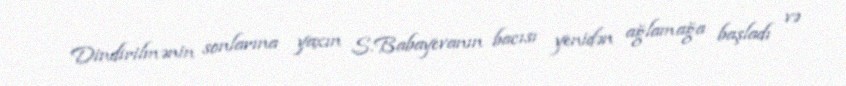
Dindirilmənin sonlarına yaxın S.Babayevanın bacısı yenidən ağlamağa başladı və